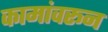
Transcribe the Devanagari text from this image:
कामांवरून